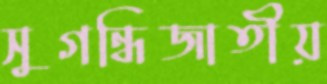
সুগন্ধিজাতীয়